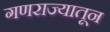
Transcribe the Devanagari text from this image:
गणराज्यातून